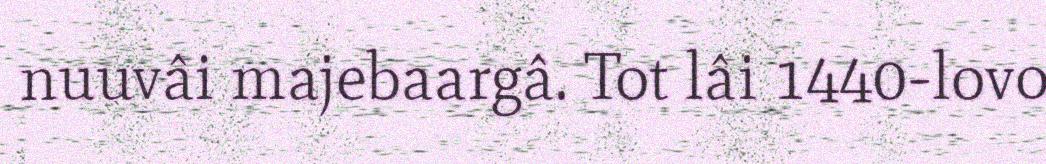
nuuvâi majebaargâ. Tot lâi 1440-lovo